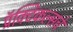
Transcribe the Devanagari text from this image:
प्रॅक्टिकल्सचे